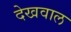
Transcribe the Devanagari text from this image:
देखवाल